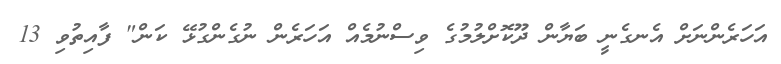
އަހަރެންނަށް އެނގެނީ ބަޔާން ދޫކޮށްލުމުގެ ވިސްނުމެއް އަހަރެން ނުގެންގުޅޭ ކަން" ފާއިތުވި 13